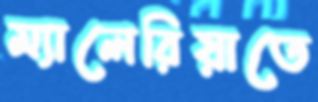
ম্যালেরিয়াতে